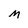
Character: M